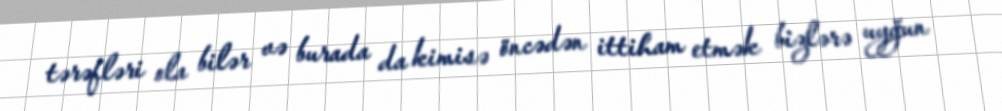
tərəfləri ola bilər və burada da kimisə öncədən ittiham etmək bizlərə uyğun